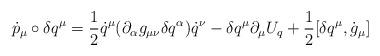
LaTeX: \begin{align*}\dot{p}_{\mu}\circ \delta q^{\mu}=\frac{1}{2}\dot{q}^{\mu}(\partial_{\alpha} g_{\mu\nu} \delta q^{\alpha})\dot{q}^{\nu}-\delta q^{\mu}\partial_{\mu} U_{q}+\frac{1}{2}[\delta q^{\mu},\dot{g}_{\mu}]\end{align*}